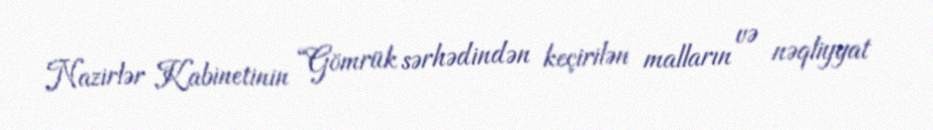
Nazirlər Kabinetinin “Gömrük sərhədindən keçirilən malların və nəqliyyat